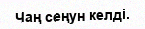
Чаң сеңун келдi.